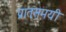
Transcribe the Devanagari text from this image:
प्रातःसमयी